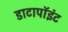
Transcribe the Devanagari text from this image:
डाटापॉइंट